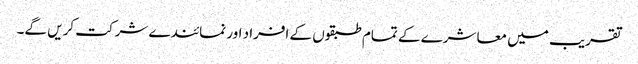
تقریب میں معاشرے کے تمام طبقوں کے افراد اور نمائندے شرکت کریں گے۔